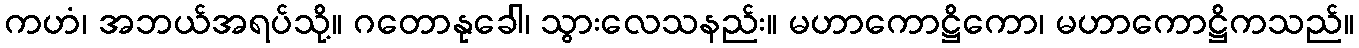
ကဟံ၊ အဘယ်အရပ်သို့။ ဂတောနုခေါ၊ သွားလေသနည်း။ မဟာကောဋ္ဌိကော၊ မဟာကောဋ္ဌိကသည်။